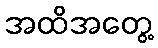
အထိအတွေ့